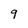
Character: 9